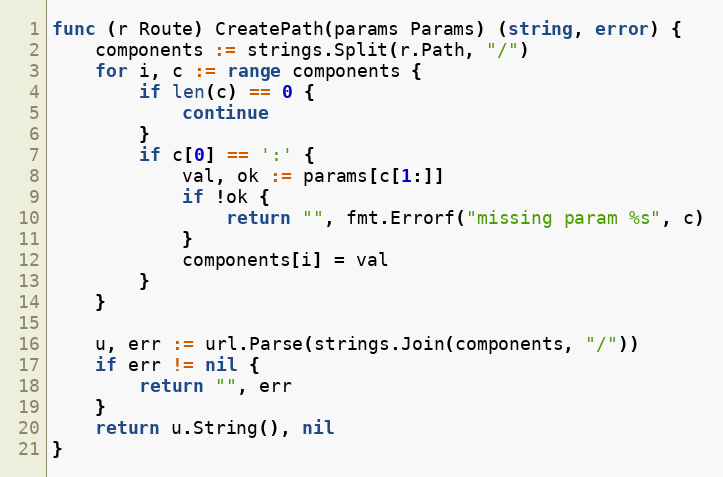
Language: Go
func (r Route) CreatePath(params Params) (string, error) {
	components := strings.Split(r.Path, "/")
	for i, c := range components {
		if len(c) == 0 {
			continue
		}
		if c[0] == ':' {
			val, ok := params[c[1:]]
			if !ok {
				return "", fmt.Errorf("missing param %s", c)
			}
			components[i] = val
		}
	}

	u, err := url.Parse(strings.Join(components, "/"))
	if err != nil {
		return "", err
	}
	return u.String(), nil
}